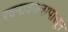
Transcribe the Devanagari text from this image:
रचनाकालापासून